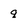
Character: q